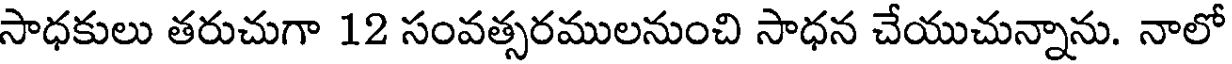
సాధకులు తరుచుగా 12 సంవత్సరములనుంచి సాధన చేయుచున్నాను. నాలో